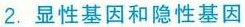
2.显性基因和隐性基因